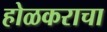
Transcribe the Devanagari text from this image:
होळकराचा